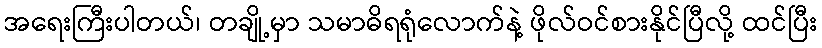
အရေးကြီးပါတယ်၊ တချို့မှာ သမာဓိရရုံလောက်နဲ့ ဖိုလ်ဝင်စားနိုင်ပြီလို့ ထင်ပြီး